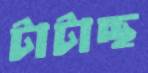
টাটাচ্ছ